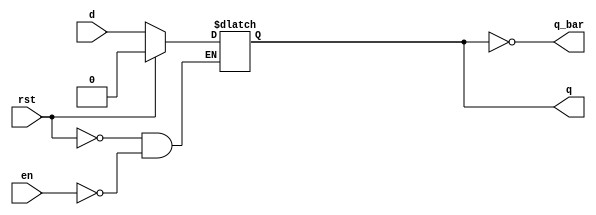
`timescale 1ns / 1ps

module d_latch(d,en,rst,q,q_bar);
input d,en,rst;
output reg q;
output q_bar;

always@(*)
begin

if(rst) 
q <= 0;
else begin
if(en) 
q <= d;
end

end

assign q_bar=~q;

endmodule